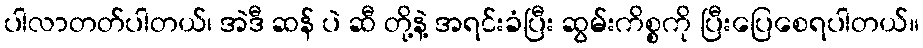
ပါလာတတ်ပါတယ်၊ အဲဒီ ဆန် ပဲ ဆီ တို့နဲ့ အရင်းခံပြီး ဆွမ်းကိစ္စကို ပြီးပြေစေရပါတယ်။